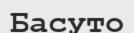
Басуто